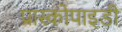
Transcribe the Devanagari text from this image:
प्रास्कोपाइडी